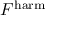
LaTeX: F ^ { \mathrm { h a r m } }